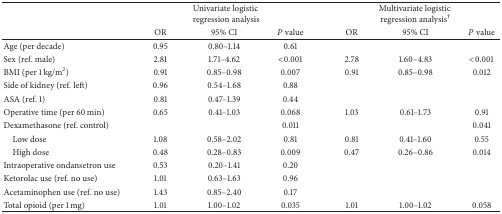
<table><thead><tr><td><b> </b></td><td colspan="3"><b> Univariate logisticregression analysis</b></td><td colspan="3"><b> Multivariate logisticregression analysis<sup>†</sup></b></td></tr><tr><td><b> </b></td><td><b>OR</b></td><td><b>95% CI</b></td><td><b><i>P</i> value</b></td><td><b>OR</b></td><td><b>95% CI</b></td><td><b><i>P</i> value</b></td></tr></thead><tbody><tr><td>Age (per decade)</td><td>0.95</td><td>0.80–1.14</td><td>0.61</td><td> </td><td> </td><td> </td></tr><tr><td>Sex (ref. male)</td><td>2.81</td><td>1.71–4.62</td><td>&lt;0.001</td><td>2.78</td><td>1.60–4.83</td><td>&lt;0.001</td></tr><tr><td>BMI (per 1 kg/m<sup>2</sup>)</td><td>0.91</td><td>0.85–0.98</td><td>0.007</td><td>0.91</td><td>0.85–0.98</td><td>0.012</td></tr><tr><td>Side of kidney (ref. left)</td><td>0.96</td><td>0.54–1.68</td><td>0.88</td><td> </td><td> </td><td> </td></tr><tr><td>ASA (ref. 1)</td><td>0.81</td><td>0.47–1.39</td><td>0.44</td><td> </td><td> </td><td> </td></tr><tr><td>Operative time (per 60 min)</td><td>0.65</td><td>0.41–1.03</td><td>0.068</td><td>1.03</td><td>0.61–1.73</td><td>0.91</td></tr><tr><td>Dexamethasone (ref. control)</td><td> </td><td> </td><td>0.011</td><td> </td><td> </td><td>0.041</td></tr><tr><td> Low dose</td><td>1.08</td><td>0.58–2.02</td><td>0.81</td><td>0.81</td><td>0.41–1.60</td><td>0.55</td></tr><tr><td> High dose</td><td>0.48</td><td>0.28–0.83</td><td>0.009</td><td>0.47</td><td>0.26–0.86</td><td>0.014</td></tr><tr><td>Intraoperative ondansetron use</td><td>0.53</td><td>0.20–1.41</td><td>0.20</td><td> </td><td> </td><td> </td></tr><tr><td>Ketorolac use (ref. no use)</td><td>1.01</td><td>0.63–1.63</td><td>0.96</td><td> </td><td> </td><td> </td></tr><tr><td>Acetaminophen use (ref. no use)</td><td>1.43</td><td>0.85–2.40</td><td>0.17</td><td> </td><td> </td><td> </td></tr><tr><td>Total opioid (per 1 mg)</td><td>1.01</td><td>1.00–1.02</td><td>0.035</td><td>1.01</td><td>1.00–1.02</td><td>0.058</td></tr></tbody></table>